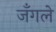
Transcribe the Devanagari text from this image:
जँगले